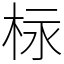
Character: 柡